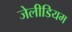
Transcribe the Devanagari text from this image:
जेलीडियम